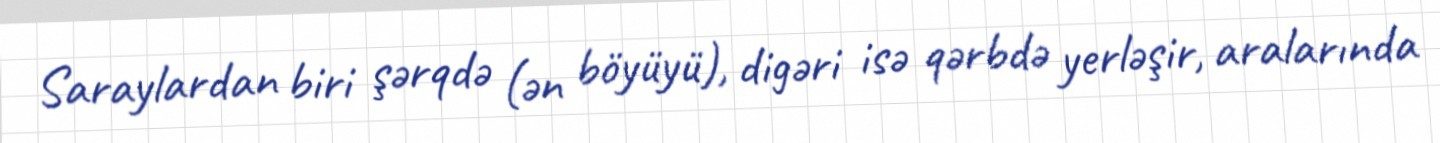
Saraylardan biri şərqdə (ən böyüyü), digəri isə qərbdə yerləşir, aralarında